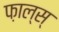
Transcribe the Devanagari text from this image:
फ़ाल्स्